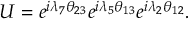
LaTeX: U = e ^ { i \lambda _ { 7 } \theta _ { 2 3 } } e ^ { i \lambda _ { 5 } \theta _ { 1 3 } } e ^ { i \lambda _ { 2 } \theta _ { 1 2 } } .